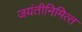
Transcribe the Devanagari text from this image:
जयंतीनिमित्‍त